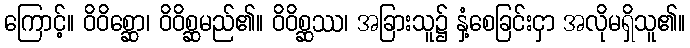
ကြောင့်။ ဝိဝိစ္ဆော၊ ဝိဝိစ္ဆမည်၏။ ဝိဝိစ္ဆဿ၊ အခြားသူ၌ နှံ့စေခြင်းငှာ အလိုမရှိသူ၏။